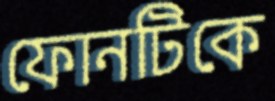
ফোনটিকে